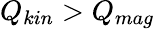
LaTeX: Q_{kin}>Q_{mag}